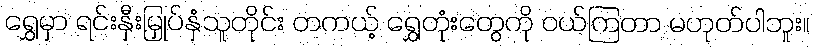
ရွှေမှာ ရင်းနှီးမြှုပ်နှံသူတိုင်း တကယ့် ရွှေတုံးတွေကို ဝယ်ကြတာ မဟုတ်ပါဘူး။